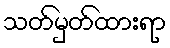
သတ်မှတ်ထားရာ